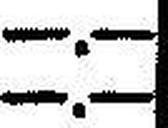
—.—